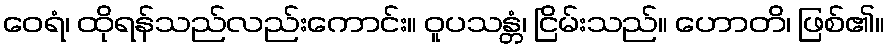
ဝေရံ၊ ထိုရန်သည်လည်းကောင်း။ ဝူပသန္တံ၊ ငြိမ်းသည်။ ဟောတိ၊ ဖြစ်၏။